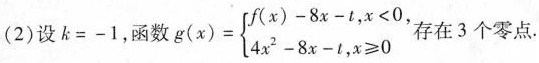
(2)设$$k = - 1$$，函数$$g ( x ) = \\ begin { cases }